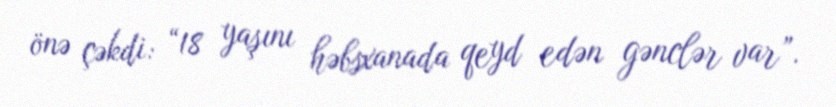
önə çəkdi: “18 yaşını həbsxanada qeyd edən gənclər var”.